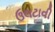
ઉલટાવી